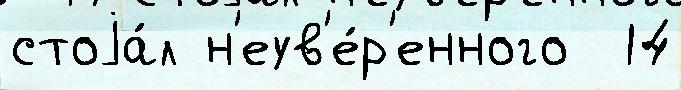
стоjа́л н'еув'е́р'енного  14